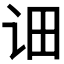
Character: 𮷆